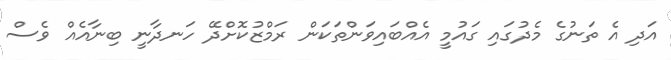
އަދި އެ ތަނުގެ މެދުގައި ގައުމީ އެއްބައިވަންތަކަން ރަމްޒުކޮށްދޭ ހަނދާނީ ބިނާއެއް ވެސް